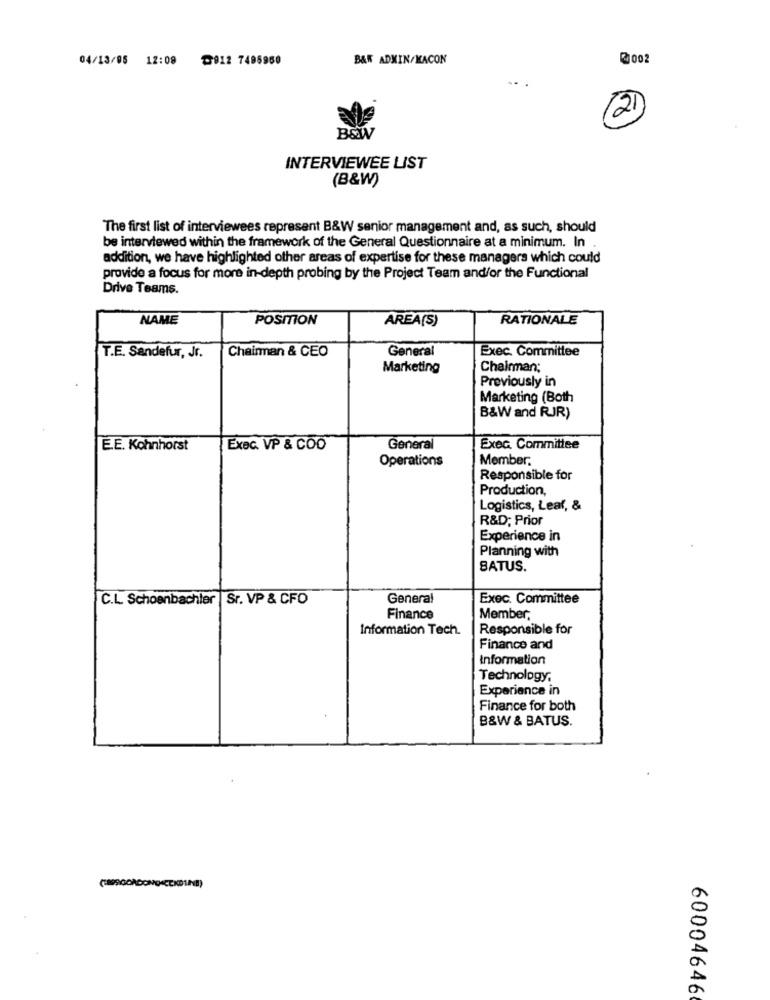
04/13/05 12:09 0012 7495960
B&W ADMIN/MACON
3002
2
INTERVIEWEE LIST
(B&W)
The first list of interviewees represent B&W senior management and, as such, should
be interviewed within the framework of the General Questionnaire at a minimum. In
addition, we have highlighted other areas of expertise for these managers which could
provide a focus for more in-depth probing by the Project Team and/or the Functional
Drive Teams.
NAME
POSITION
AREA(S)
RATIONALE
Chairman & CEO
General
Exec. Committee
T.E. Sandefur, Jr.
Marketing
Chairman;
Previously in
Marketing (Both
B&W and RJR)
E.E. Kohnhorst
Exec. VP & COO
General
Exec. Committee
Operations
Member.
Responsible for
Production,
Logistics, Leaf, &
R&D; Prior
Experience in
Planning with
BATUS.
C.L. Schoenbachler Sr. VP & CFO
General
Exec. Committee
Finance
Member,
Information Tech.
Responsible for
Finance and
information
Technology,
Experience in
Finance for both
B&W & BATUS.
60004646